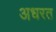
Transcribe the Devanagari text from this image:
अधरत